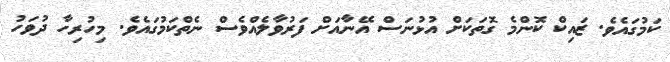
ކަމުގައެވެ. ޒައިކް ކޮންމެ ގޮތަކަށް އުޅުނަސް އޭނާއަށް ފަރުވާލެއްވެސް ނެތްކަމުގައެވެ. މިހުރިހާ ދުވަހު